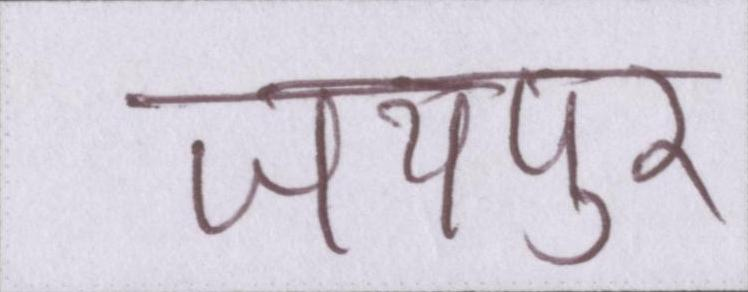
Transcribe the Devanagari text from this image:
जयपुर